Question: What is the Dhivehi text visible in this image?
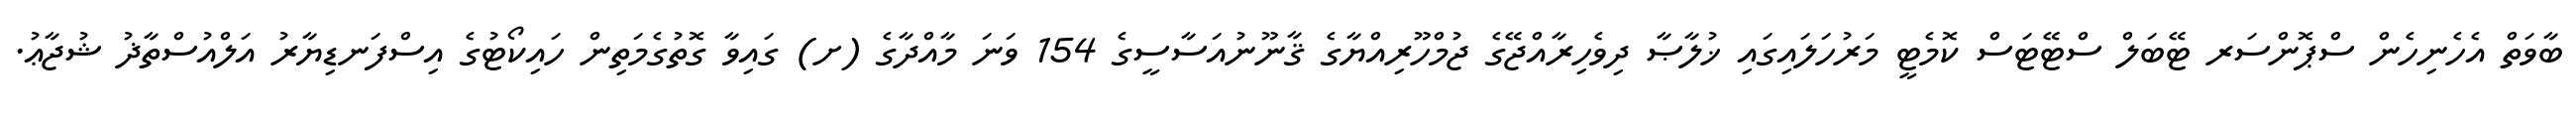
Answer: ބާވަތް އެހެނިހެން ސްޕޮންސަރ ޓޭބަލް ސްޓޭޓަސް ކޮމެޓީ މަރުހަލައިގައި ޚުލާޞާ ދިވެހިރާއްޖޭގެ ޖުމްހޫރިއްޔާގެ ޤާނޫނުއަސާސީގެ 154 ވަނަ މާއްދާގެ (ށ) ގައިވާ ގޮތުގެމަތިން ހައިކޯޓުގެ އިސްފަނޑިޔާރު އަލްއުސްތާޛު ޝުޖާޢު.